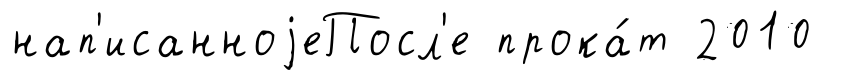
нап'исанноjеПосл'е прока́т 2010